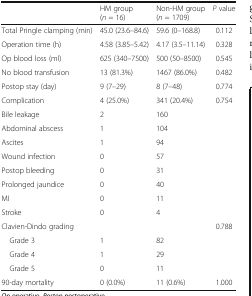
<table><thead><tr><td></td><td><b>HM group(<i>n</i> = 16)</b></td><td><b>Non-HM group(<i>n</i> = 1709)</b></td><td><b><i>P</i> value</b></td></tr></thead><tbody><tr><td>Total Pringle clamping (min)</td><td>45.0 (23.6–84.6)</td><td>59.6 (0–168.8)</td><td>0.112</td></tr><tr><td>Operation time (h)</td><td>4.58 (3.85–5.42)</td><td>4.17 (3.5–11.14)</td><td>0.328</td></tr><tr><td>Op blood loss (ml)</td><td>625 (340–7500)</td><td>500 (50–8500)</td><td>0.545</td></tr><tr><td>No blood transfusion</td><td>13 (81.3%)</td><td>1467 (86.0%)</td><td>0.482</td></tr><tr><td>Postop stay (day)</td><td>9 (7–29)</td><td>8 (7–48)</td><td>0.774</td></tr><tr><td>Complication</td><td>4 (25.0%)</td><td>341 (20.4%)</td><td>0.754</td></tr><tr><td>Bile leakage</td><td>2</td><td>160</td><td></td></tr><tr><td>Abdominal abscess</td><td>1</td><td>104</td><td></td></tr><tr><td>Ascites</td><td>1</td><td>94</td><td></td></tr><tr><td>Wound infection</td><td>0</td><td>57</td><td></td></tr><tr><td>Postop bleeding</td><td>0</td><td>31</td><td></td></tr><tr><td>Prolonged jaundice</td><td>0</td><td>40</td><td></td></tr><tr><td>MI</td><td>0</td><td>11</td><td></td></tr><tr><td>Stroke</td><td>0</td><td>4</td><td></td></tr><tr><td>Clavien-Dindo grading</td><td></td><td></td><td>0.788</td></tr><tr><td> Grade 3</td><td>1</td><td>82</td><td></td></tr><tr><td> Grade 4</td><td>1</td><td>29</td><td></td></tr><tr><td> Grade 5</td><td>0</td><td>11</td><td></td></tr><tr><td>90-day mortality</td><td>0 (0.0%)</td><td>11 (0.6%)</td><td>1.000</td></tr></tbody></table>